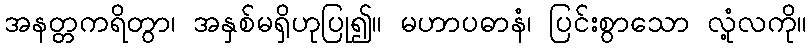
အနတ္တကရိတွာ၊ အနှစ်မရှိဟုပြု၍။ မဟာပဓာနံ၊ ပြင်းစွာသော လုံ့လကို။